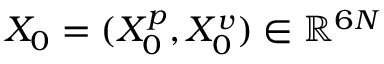
X _ { 0 } = ( X _ { 0 } ^ { p } , X _ { 0 } ^ { v } ) \in \mathbb { R } ^ { 6 N }